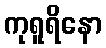
ကုရူရိနော